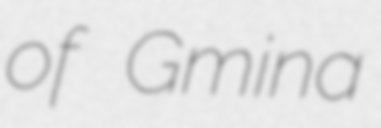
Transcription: of Gmina